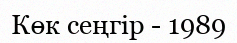
Көк сеңгір - 1989